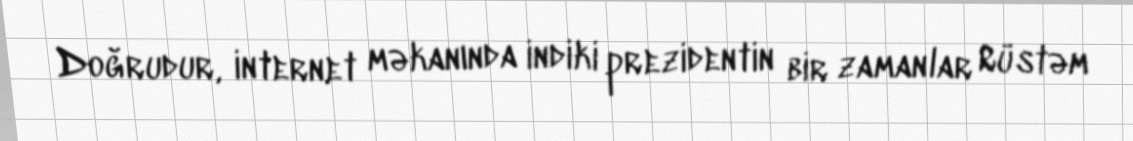
Doğrudur, internet məkanında indiki prezidentin bir zamanlar Rüstəm